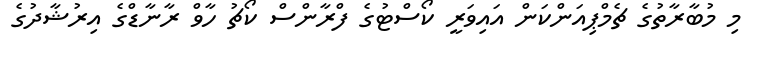
މި މުބާރާތުގެ ޗެމްޕިއަންކަން އައިވަރީ ކޯސްޓުގެ ފްރާންސް ކޯޗު ހާވް ރާނާޑްގެ އިރުޝާދުގެ